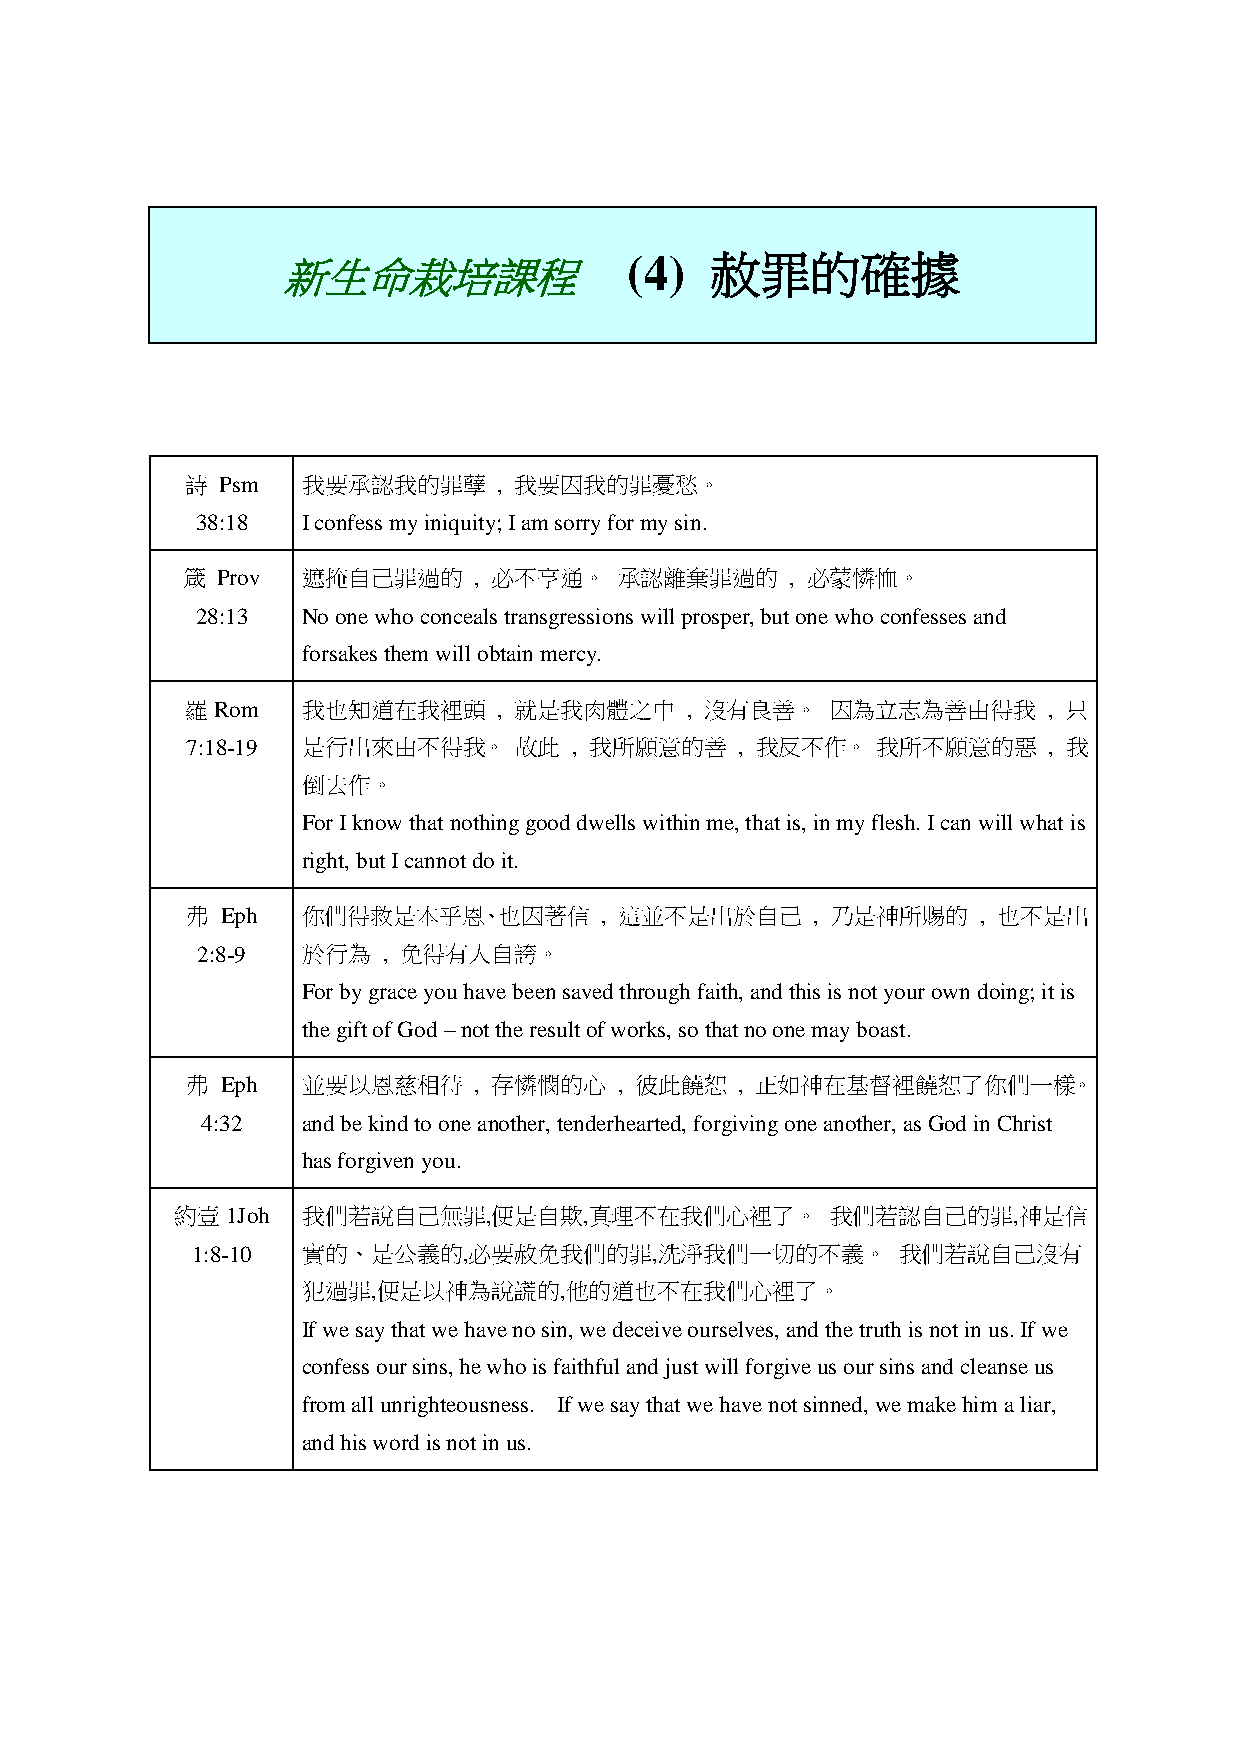
新生命栽培課程               (4)   赦罪的確據
 詩  Psm  我要承認我的罪孽     , 我要因我的罪憂愁。
 38:18  I confess my iniquity; I am sorry for my sin.
 箴 Prov  遮掩自己罪過的    , 必不亨通。   承認離棄罪過的    , 必蒙憐恤。
 28:13  No one who conceals transgressions will prosper, but one who confesses and
 forsakes them will obtain mercy.
 羅Rom    我也知道在我裡頭     , 就是我肉體之中   , 沒有良善。   因為立志為善由得我     , 只
 7:18-19 是行出來由不得我。     故此  , 我所願意的善   , 我反不作。  我所不願意的惡    , 我
 倒去作。
 For I know that nothing good dwells within me, that is, in my flesh. I can will what is
 right, but I cannot do it.
 弗  Eph  你們得救是本乎恩、也因著信       , 這並不是出於自己    , 乃是神所賜的   , 也不是出
 2:8-9  於行為  , 免得有人自誇。
 For by grace you have been saved through faith, and this is not your own doing; it is
 the gift of God – not the result of works, so that no one may boast.
 弗  Eph  並要以恩慈相待    , 存憐憫的心   , 彼此饒恕  , 正如神在基督裡饒恕了你們一樣。
 4:32   and be kind to one another, tenderhearted, forgiving one another, as God in Christ
 has forgiven you.
 約壹1Joh  我們若說自己無罪,便是自欺,真理不在我們心裡了。           我們若認自己的罪,神是信
 1:8-10 實的、是公義的,必要赦免我們的罪,洗淨我們一切的不義。            我們若說自己沒有
 犯過罪,便是以神為說謊的,他的道也不在我們心裡了。
 If we say that we have no sin, we deceive ourselves, and the truth is not in us. If we
 confess our sins, he who is faithful and just will forgive us our sins and cleanse us
 from all unrighteousness. If we say that we have not sinned, we make him a liar,
 and his word is not in us.